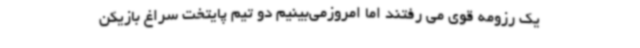
یک رزومه قوی می رفتند اما امروزمی‌بینیم دو تیم پایتخت سراغ بازیکن